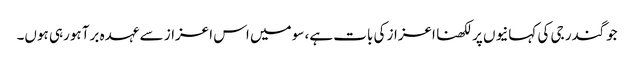
جوگندر جی کی کہانیوں پر لکھنا اعزاز کی بات ہے، سو میں اس اعزاز سے عہدہ برآ ہورہی ہوں۔